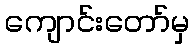
ကျောင်းတော်မှ